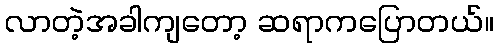
လာတဲ့အခါကျတော့ ဆရာကပြောတယ်။